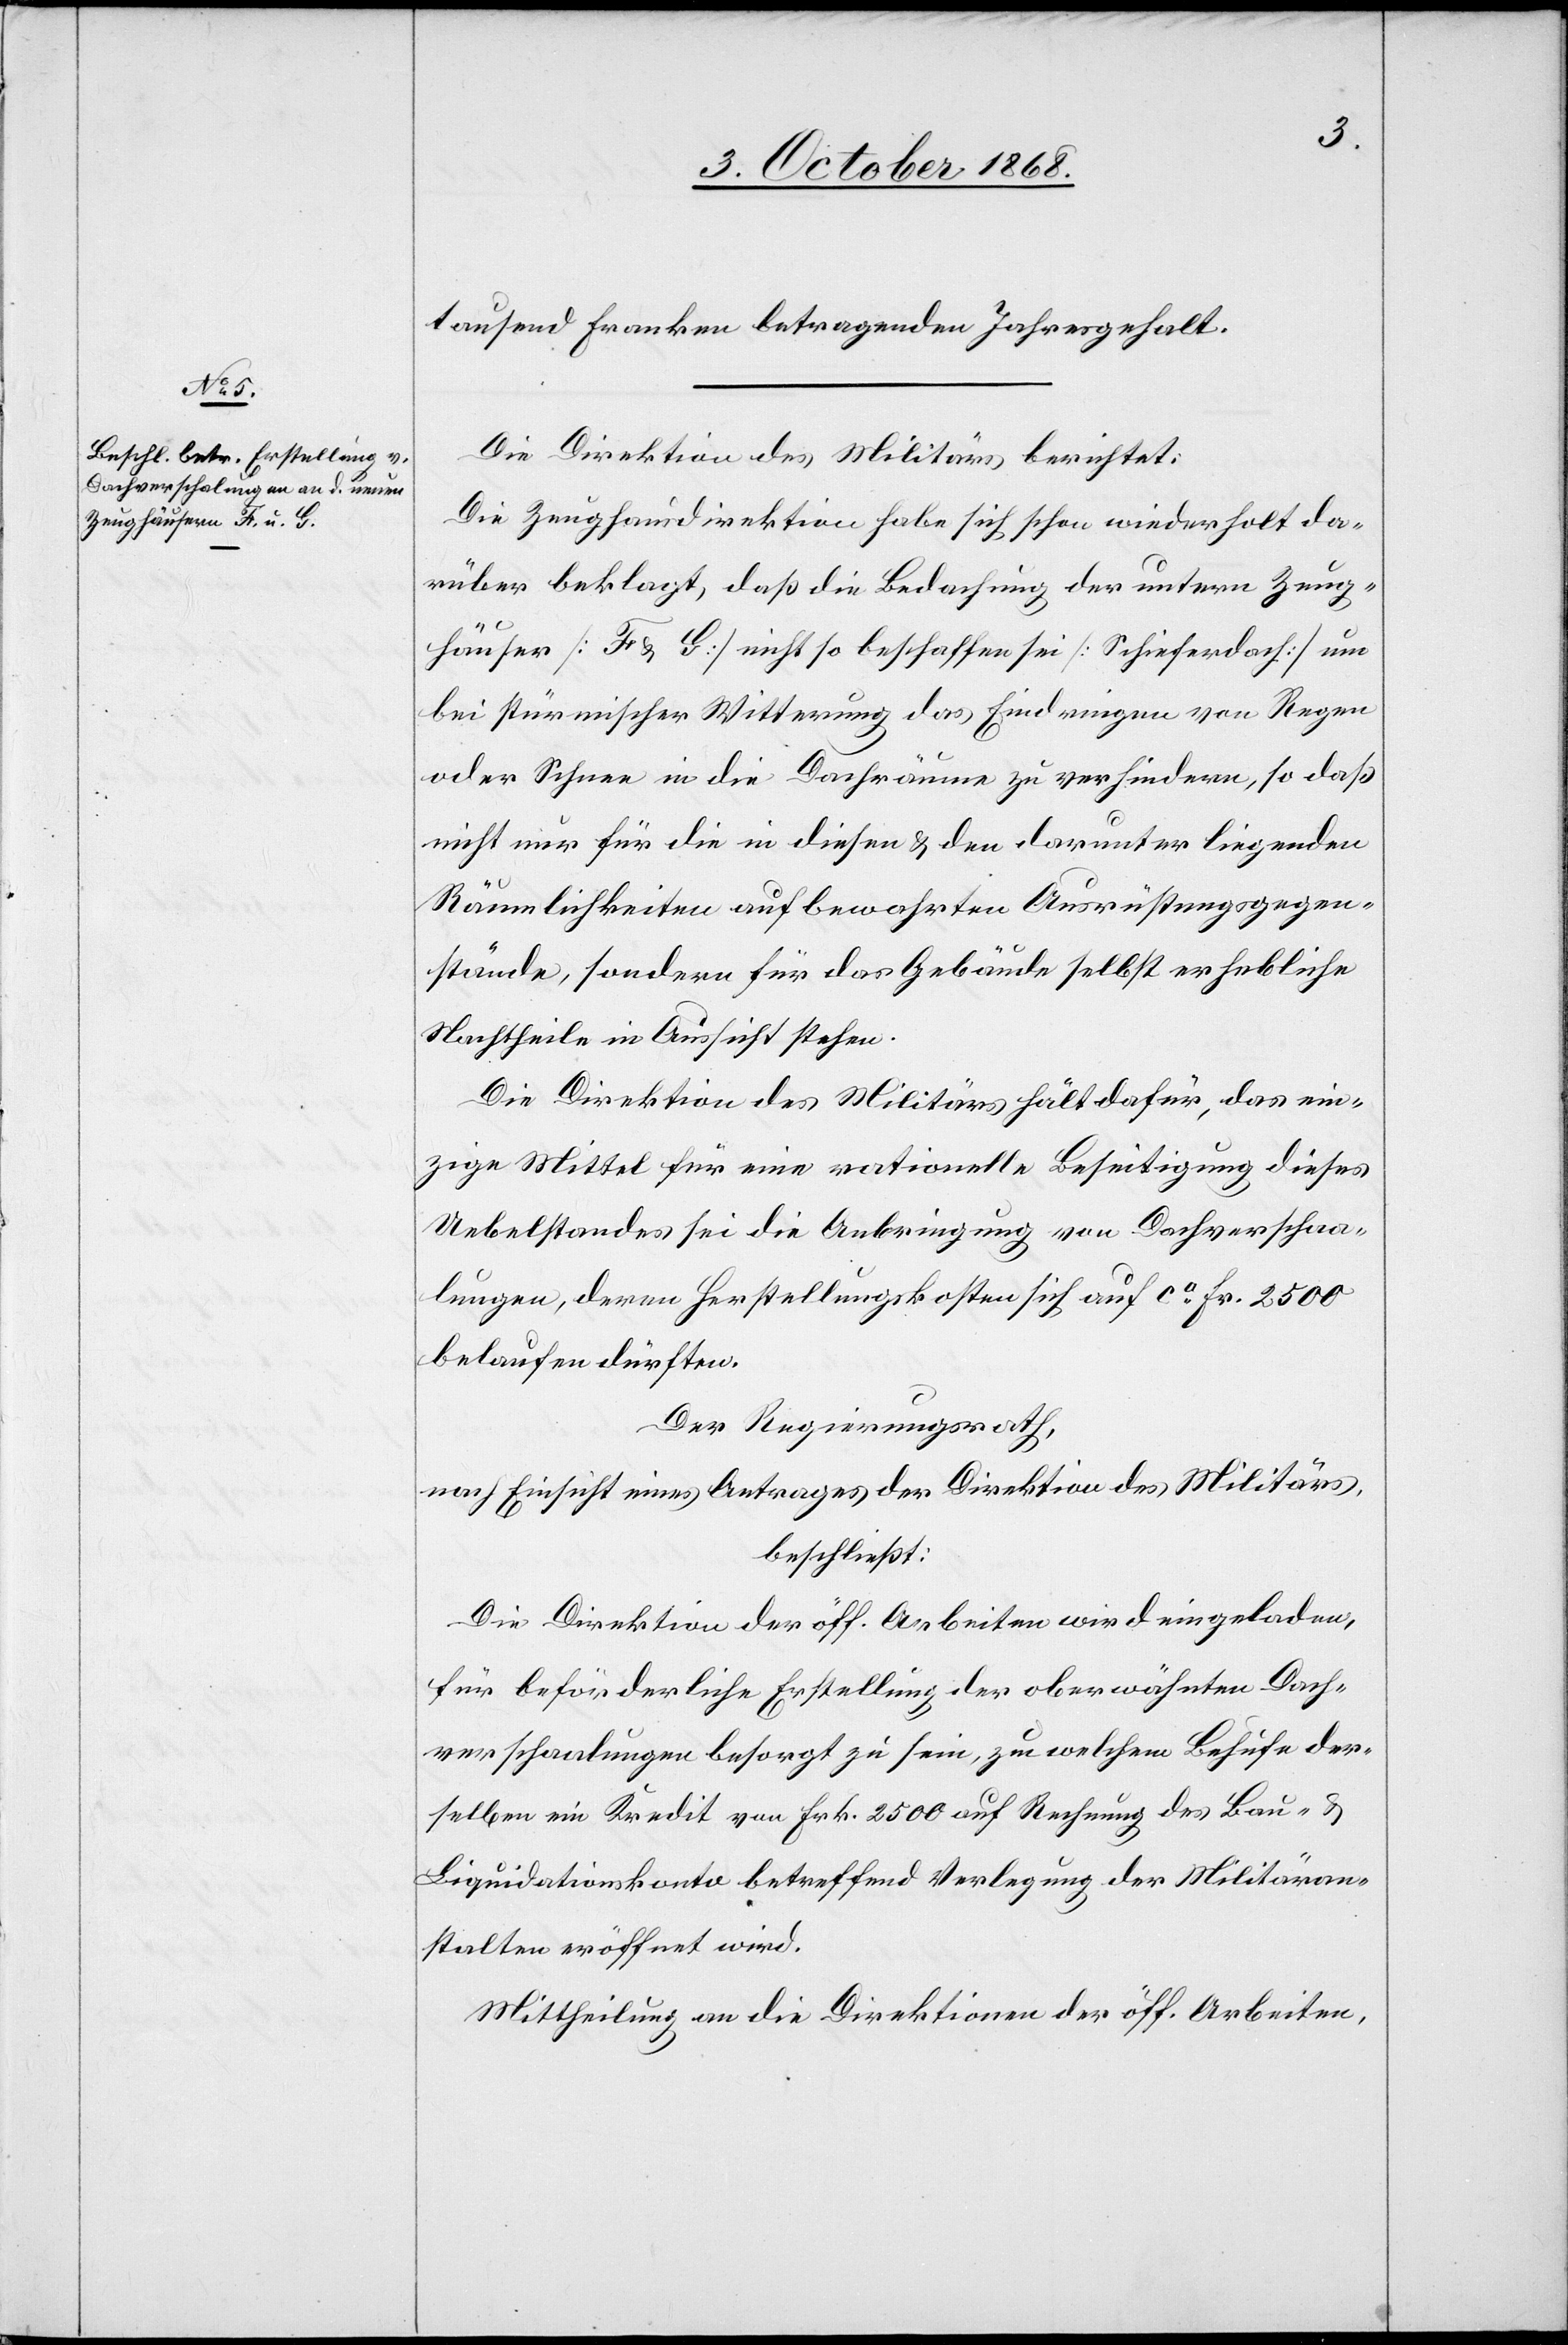
tausend Franken betragenden Jahresgehalt.
Die Direktion des Militärs berichtet:
Die Zeughausdirektion habe sich schon wiederholt da¬
rüber beklagt, daß die Bedachung der untern Zeug¬
häuser [F & G] nicht so beschaffen sei [Schieferdach] um
bei stürmischer Witterung das Eindringen von Regen
oder Schnee in die Dachräume zu verhindern, so daß
nicht nur für die in diesen & den darunter liegenden
Räumlichkeiten aufbewahrten Ausrüstungsgegen¬
stände, sondern für das Gebäude selbst erhebliche
Nachtheile in Aussicht stehen.
Die Direktion des Militärs hält dafür, das ein¬
zige Mittel für eine rationelle Beseitigung dieses
Uebelstandes sei die Anbringung von Dachverschaa¬
lungen, deren Herstellungskosten sich auf ca Fr. 2500
belaufen dürften.
Der Regierungsrath,
nach Einsicht eines Antrages der Direktion des Militärs,
beschließt:
Die Direktion der öff. Arbeiten wird eingeladen,
für beförderliche Erstellung der oberwähnten Dach¬
verschaalungen besorgt zu sein, zu welchem Behufe der¬
selben ein Kredit von Frk. 2500 auf Rechnung des Bau- &
Liquidationskonto betreffend Verlegung der Militäran¬
stalten eröffnet wird.
Mittheilung an die Direktionen der öff. Arbeiten,